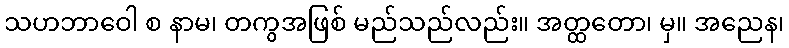
သဟဘာဝေါ စ နာမ၊ တကွအဖြစ် မည်သည်လည်း။ အတ္ထတော၊ မှ။ အညေန၊